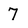
Character: 7